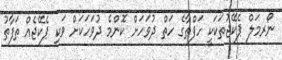
ނޯރމަލް ޕެކޭޖުތަކަކީ ހަފްތާގެ ހަތް ދުވަހަށް ކޮންމެ ދުވަހަކަށް ވަކި ޕެކޭޖެއް ތަފާތު